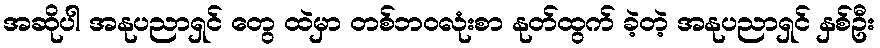
အဆိုပါ အနုပညာရှင် တွေ ထဲမှာ တစ်ဘဝလုံးစာ နုတ်ထွက် ခဲ့တဲ့ အနုပညာရှင် နှစ်ဦး